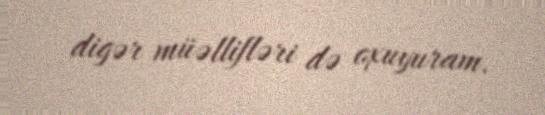
digər müəllifləri də oxuyuram.